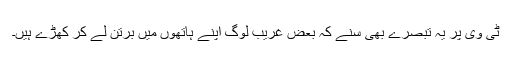
ٹی وی پر یہ تبصرے بھی سنے کہ بعض غریب لوگ اپنے ہاتھوں میں برتن لے کر کھڑے ہیں۔